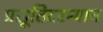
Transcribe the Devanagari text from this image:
प्रसूतिदरम्यान